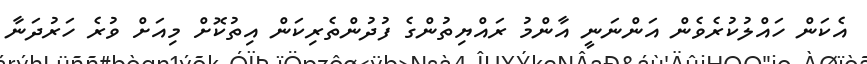
އެކަން ހައްލުކުރެވެން އަންނަނީ އާންމު ރައްޔިތުންގެ ފުދުންތެރިކަން އިތުުކޮށް މިއަށް ވުރެ ހަރުދަނާ